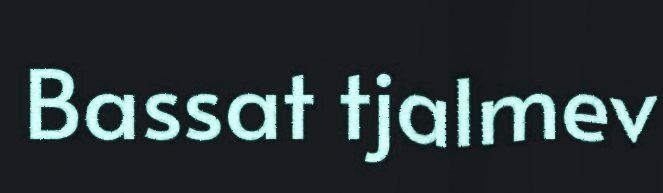
Bassat tjalmev